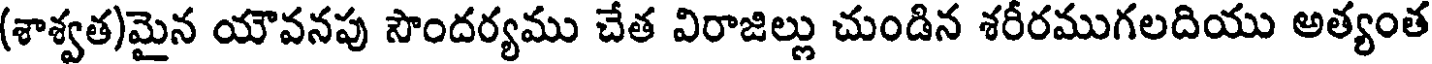
(శాశ్వత)మైన యౌవనపు సౌందర్యము చేత విరాజిల్లు చుండిన శరీరముగలదియు అత్యంత